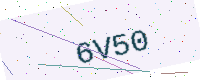
Text: 6V50